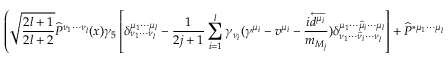
\left( \sqrt { \frac { 2 l + 1 } { 2 l + 2 } } \widehat { P } ^ { \nu _ { 1 } \cdots \nu _ { l } } ( x ) \gamma _ { 5 } \left[ \delta _ { \nu _ { 1 } \cdots \nu _ { l } } ^ { \mu _ { 1 } \cdots \mu _ { l } } - \frac { 1 } { 2 j + 1 } \sum _ { i = 1 } ^ { l } \gamma _ { \nu _ { i } } ( \gamma ^ { \mu _ { i } } - v ^ { \mu _ { i } } - \frac { i \overleftarrow { d ^ { \mu _ { i } } } } { m _ { M _ { j } } } ) \delta _ { \nu _ { 1 } \cdots \widehat { \nu } _ { i } \cdots \nu _ { l } } ^ { \mu _ { 1 } \cdots \widehat { \mu } _ { i } \cdots \mu _ { l } } \right] + \widehat { P } ^ { * \mu _ { 1 } \cdots \mu _ { l + 1 } } ( x ) \gamma _ { \mu _ { l + 1 } } \right) ,